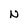
Character: N